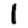
Digit: 1